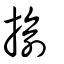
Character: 揄